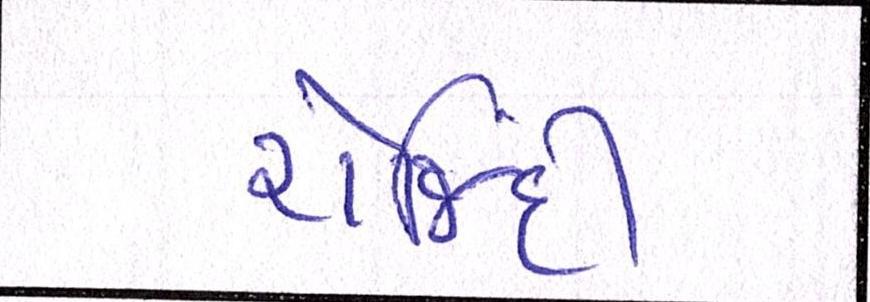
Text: રોજિંદી